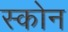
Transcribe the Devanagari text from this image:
स्कोन